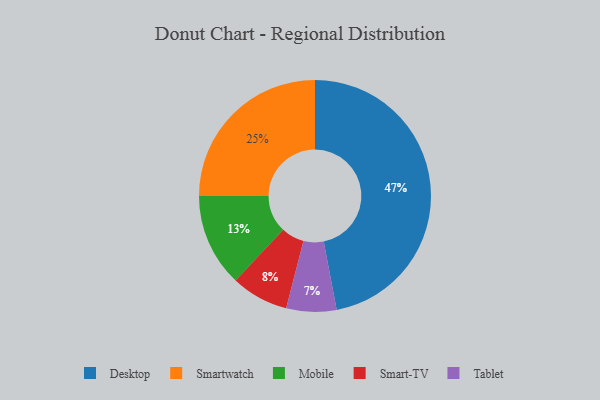
{"axis": {"x": "Category", "y": "Percentage"}, "legend": ["Desktop", "Mobile", "Smart-TV", "Smartwatch", "Tablet"], "data": [{"x": "Desktop", "y": 47, "type": "Desktop"}, {"x": "Tablet", "y": 7, "type": "Tablet"}, {"x": "Smartwatch", "y": 25, "type": "Smartwatch"}, {"x": "Smart-TV", "y": 8, "type": "Smart-TV"}, {"x": "Mobile", "y": 13, "type": "Mobile"}]}